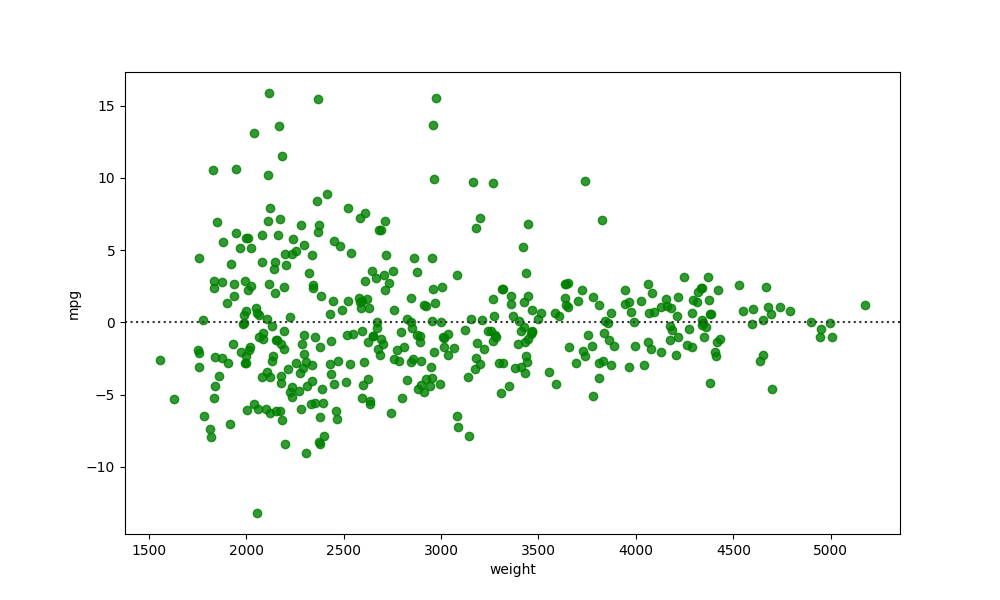
python, seaborn, residplot, lowess=False, scatter_color=green